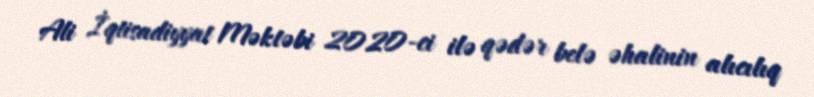
Ali İqtisadiyyat Məktəbi 2020-ci ilə qədər belə əhalinin alıcılıq